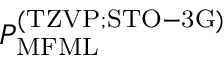
P _ { \mathrm { M F M L } } ^ { \mathrm { ( T Z V P ; S T O - 3 G ) } }